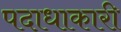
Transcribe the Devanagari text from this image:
पदाधाकारी